Report of the Indian Hemp Drugs Commission, 1894-1895 - Volume V
Year: 1894
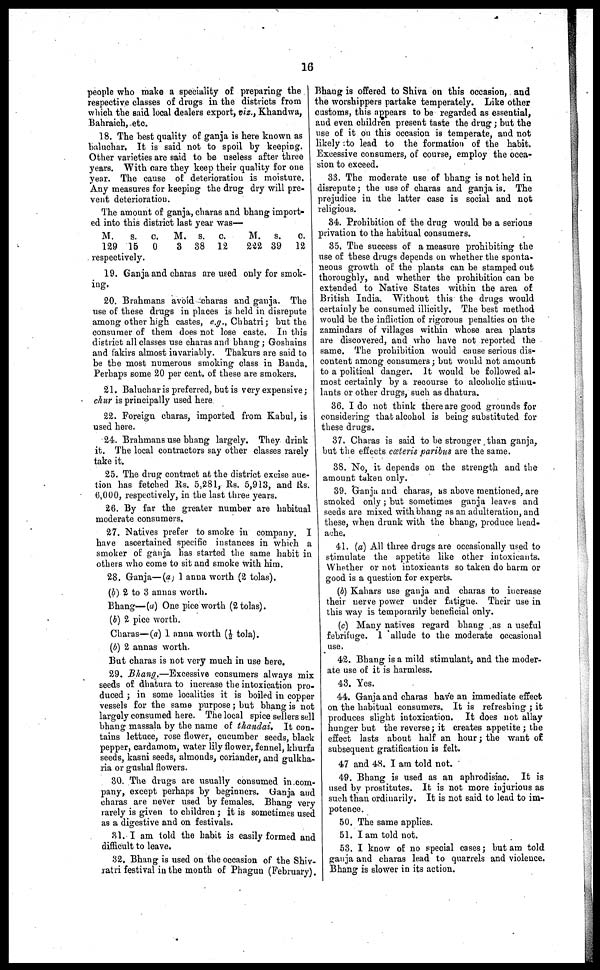
16
people who make a speciality of preparing the
respective classes of drugs in the districts from
which the said local dealers export, viz., Khandwa,
Bahraich, etc.
18. The best quality of ganja is here known as
baluchar. It is said not to spoil by keeping.
Other varieties are said to be useless after three
years. With care they keep their quality for one
year. The cause of deterioration is moisture.
Any measures for keeping the drug dry will pre-
vent deterioration.
The amount of ganja, charas and bhang import-
ed into this district last year was—
M. S. C. M.
S.
C.
M. S. C.
129 15 0
3 38 12
222 39 12
respectively.
19. Ganja and charas are used only for smok-
ing.
20. Brahmans avoid charas and ganja. The
use of these drugs in places is held in disrepute
among other high castes, e.g., Chhatri; but the
consumer of them does not lose caste. In this
district all classes use charas and bhang; Goshains
and fakirs almost invariably. Thakurs are said to
be the most numerous smoking class in Banda.
Perhaps some 20 per cent. of these are smokers.
21. Baluchar is preferred, but is very expensive;
chur is principally used here
22. Foreign charas, imported from Kabul, is
used here.
24. Brahmans use bhang largely. They drink
it. The local contractors say other classes rarely
take it.
25. The drug contract at the district excise auc-
tion has fetched Rs. 5,281, Rs. 5,913, and Rs.
6,000, respectively, in the last three years.
26. By far the greater number are habitual
moderate consumers.
27. Natives prefer to smoke in company. I
have ascertained specific instances in which a
smoker of ganja has started the same habit in
others who come to sit and smoke with him.
28. Ganja—(a) I anna worth (2 tolas).
(b) 2 to 3 annas worth.
Bhang—(a) One pice worth (2 tolas).
(b) 2 pice worth.
Charas—(a) I anna worth (½ tola).
(b) 2 annas worth.
But charas is not very much in use here.
29. Bhang.—Excessive consumers always mix
seeds of dhatura to increase the intoxication pro-
duced; in some localities it is boiled in copper
vessels for the same purpose; but bhang is not
largely consumed here. The local spice sellers sell
bhang massala by the name of thandai. It con-
tains lettuce, rose flower, cucumber seeds, black
pepper, cardamom, water lily flower, fennel, khurfa
seeds, kasni seeds, almonds, coriander, and gulkha-
ria or gushal flowers.
30. The drugs are usually consumed in com-
pany, except perhaps by beginners. Ganja and
charas are never used by females. Bhang very
rarely is given to children; it is sometimes used
as a digestive and on festivals.
31. I am told the habit is easily formed and
difficult to leave.
32. Bhang is used on the occasion of the Shiv-
ratri festival in the mouth of Phagun (February).
Bhang is offered to Shiva on this occasion, and
the worshippers partake temperately. Like other
customs, this appears to be regarded as essential,
and even children present taste the drug; but the
use of it on this occasion is temperate, and not
likely to lead to the formation of the habit.
Excessive consumers, of course, employ the occa-
sion to exceed.
33. The moderate use of bhang is not held in
disrepute; the use of charas and ganja is. The
prejudice in the latter case is social and not
religious.
34. Prohibition of the drug would be a serious
privation to the habitual consumers.
35. The success of a measure prohibiting the
use of these drugs depends on whether the sponta-
neous growth of the plants can be stamped out
thoroughly, and whether the prohibition can be
extended to Native States within the area of
British India. Without this the drugs would
certainly be consumed illicitly. The best method
would be the infliction of rigorous penalties on the
zamindars of villages within whose area plants
are discovered, and who have not reported the
same. The prohibition would cause serious dis-
content among consumers; but would not amount
to a political danger. It would be followed al-
most certainly by a recourse to alcoholic stimu-
lants or other drugs, such as dhatura.
36. I do not think there are good grounds for
considering that alcohol is being substituted for
these drugs.
37. Charas is said to be stronger than ganja,
but the effects cœteris paribus are the same.
38. No, it depends on the strength and the
amount taken only.
39. Ganja and charas, as above mentioned, are
smoked only; but sometimes ganja leaves and
seeds are mixed with bhang as an adulteration, and
these, when drunk with the bhang, produce head-
ache.
41. (a) All three drugs are occasionally used to
stimulate the appetite like other intoxicants.
Whether or not intoxicants so taken do harm or
good is a question for experts.
(b) Kahars use ganja and charas to increase
their nerve power under fatigue. Their use in
this way is temporarily beneficial only.
(c) Many natives regard bhang as a useful
febrifuge. I allude to the moderate occasional
use.
42. Bhang is a mild stimulant, and the moder-
ate use of it is harmless.
43. Yes.
44. Ganja and charas have an immediate effect
on the habitual consumers. It is refreshing; it
produces slight intoxication. It does not allay
hunger but the reverse; it creates appetite; the
effect lasts about half an hour; the want of
subsequent gratification is felt.
47 and 48. I am told not.
49. Bhang is used as an aphrodisiac. It is
used by prostitutes. It is not more injurious as
such than ordinarily. It is not said to lead to im-
potence.
50. The same applies.
51. I am told not.
53. I know of no special cases; but am told
ganja and charas lead to quarrels and violence.
Bhang is slower in its action.